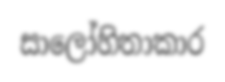
සාලෝහිතාකාර